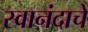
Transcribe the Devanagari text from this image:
स्वानंदाचे